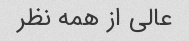
عالی از همه نظر